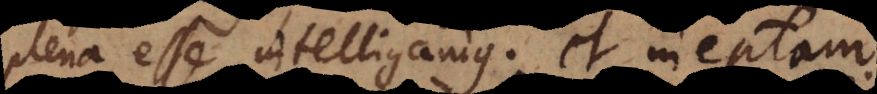
plena esse intelligamus; et ineptam